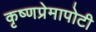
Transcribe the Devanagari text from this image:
कृष्णप्रेमापोटी